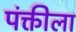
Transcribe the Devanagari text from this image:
पंक्तीला